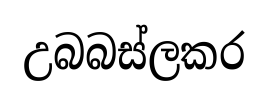
උබබස්ලකර